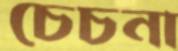
চেচনা